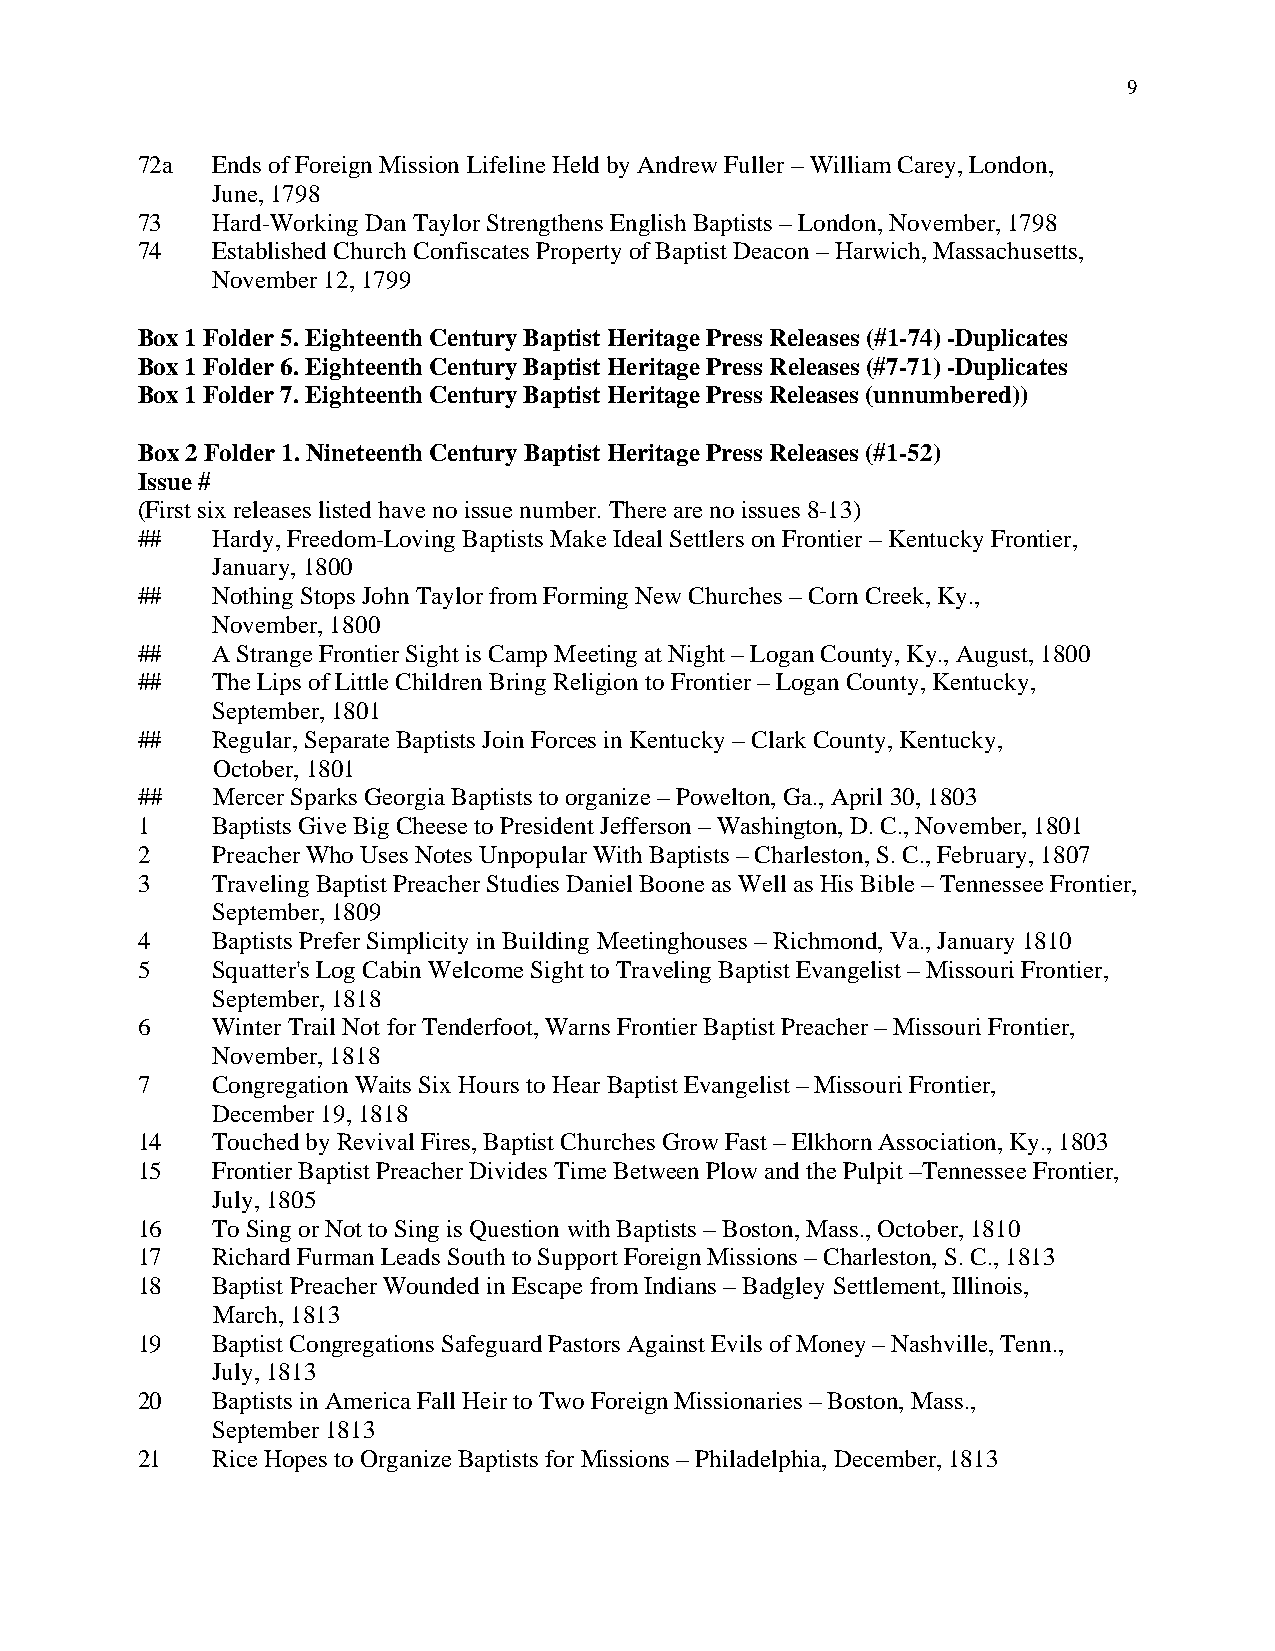
9
 72a  Ends of Foreign Mission Lifeline Held by Andrew Fuller – William Carey, London,
 June, 1798
 73   Hard-Working Dan Taylor Strengthens English Baptists – London, November, 1798
 74   Established Church Confiscates Property of Baptist Deacon – Harwich, Massachusetts,
 November 12, 1799
 Box 1 Folder 5. Eighteenth Century Baptist Heritage Press Releases (#1-74) -Duplicates
 Box 1 Folder 6. Eighteenth Century Baptist Heritage Press Releases (#7-71) -Duplicates
 Box 1 Folder 7. Eighteenth Century Baptist Heritage Press Releases (unnumbered))
 Box 2 Folder 1. Nineteenth Century Baptist Heritage Press Releases (#1-52)
 Issue #
 (First six releases listed have no issue number. There are no issues 8-13)
 ##   Hardy, Freedom-Loving Baptists Make Ideal Settlers on Frontier – Kentucky Frontier,
 January, 1800
 ##   Nothing Stops John Taylor from Forming New Churches – Corn Creek, Ky.,
 November, 1800
 ##   A Strange Frontier Sight is Camp Meeting at Night – Logan County, Ky., August, 1800
 ##   The Lips of Little Children Bring Religion to Frontier – Logan County, Kentucky,
 September, 1801
 ##   Regular, Separate Baptists Join Forces in Kentucky – Clark County, Kentucky,
 October, 1801
 ##   Mercer Sparks Georgia Baptists to organize – Powelton, Ga., April 30, 1803
 1    Baptists Give Big Cheese to President Jefferson – Washington, D. C., November, 1801
 2    Preacher Who Uses Notes Unpopular With Baptists – Charleston, S. C., February, 1807
 3    Traveling Baptist Preacher Studies Daniel Boone as Well as His Bible – Tennessee Frontier,
 September, 1809
 4    Baptists Prefer Simplicity in Building Meetinghouses – Richmond, Va., January 1810
 5    Squatter's Log Cabin Welcome Sight to Traveling Baptist Evangelist – Missouri Frontier,
 September, 1818
 6    Winter Trail Not for Tenderfoot, Warns Frontier Baptist Preacher – Missouri Frontier,
 November, 1818
 7    Congregation Waits Six Hours to Hear Baptist Evangelist – Missouri Frontier,
 December 19, 1818
 14   Touched by Revival Fires, Baptist Churches Grow Fast – Elkhorn Association, Ky., 1803
 15   Frontier Baptist Preacher Divides Time Between Plow and the Pulpit –Tennessee Frontier,
 July, 1805
 16   To Sing or Not to Sing is Question with Baptists – Boston, Mass., October, 1810
 17   Richard Furman Leads South to Support Foreign Missions – Charleston, S. C., 1813
 18   Baptist Preacher Wounded in Escape from Indians – Badgley Settlement, Illinois,
 March, 1813
 19   Baptist Congregations Safeguard Pastors Against Evils of Money – Nashville, Tenn.,
 July, 1813
 20   Baptists in America Fall Heir to Two Foreign Missionaries – Boston, Mass.,
 September 1813
 21   Rice Hopes to Organize Baptists for Missions – Philadelphia, December, 1813